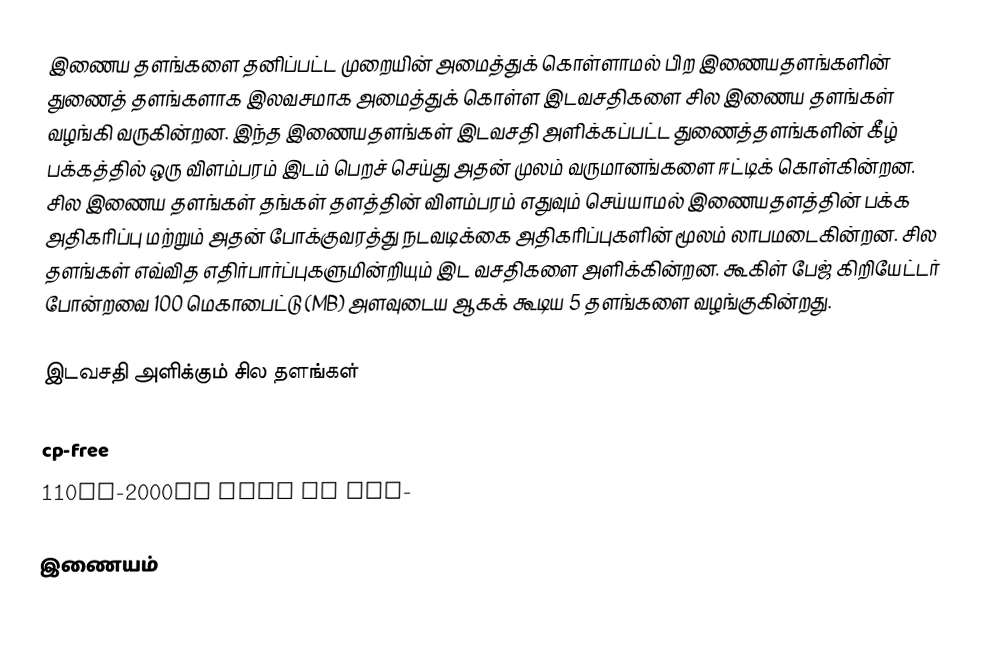
இணைய தளங்களை தனிப்பட்ட முறையின் அமைத்துக் கொள்ளாமல் பிற இணையதளங்களின் துணைத் தளங்களாக இலவசமாக அமைத்துக் கொள்ள இடவசதிகளை சில இணைய தளங்கள் வழங்கி வருகின்றன. இந்த இணையதளங்கள் இடவசதி அளிக்கப்பட்ட துணைத்தளங்களின் கீழ் பக்கத்தில் ஒரு விளம்பரம் இடம் பெறச் செய்து அதன் முலம் வருமானங்களை ஈட்டிக் கொள்கின்றன. சில இணைய தளங்கள் தங்கள் தளத்தின் விளம்பரம் எதுவும் செய்யாமல் இணையதளத்தின் பக்க அதிகரிப்பு மற்றும் அதன் போக்குவரத்து நடவடிக்கை அதிகரிப்புகளின் மூலம் லாபமடைகின்றன. சில தளங்கள் எவ்வித எதிர்பார்ப்புகளுமின்றியும் இட வசதிகளை அளிக்கின்றன. கூகிள் பேஜ் கிறியேட்டர் போன்றவை 100 மெகாபைட்டு (MB) அளவுடைய ஆகக் கூடிய 5 தளங்களை வழங்குகின்றது.

இடவசதி அளிக்கும் சில தளங்கள்

cp-free
110mb-2000mb free no ads-

இணையம்